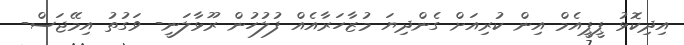
އިދިކޮޅު ޕީޕީއެމް އިން ކުރިއަށް ގެންދިޔަ މުޒާހަރާއެއް ފުލުހުން ރޫޅާލަނީ- ވަގުތު އިމޭޖަސް-